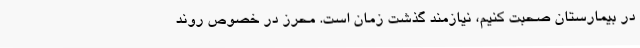
در بیمارستان صحبت کنیم، نیازمند گذشت زمان است‌. محرز در خصوص روند